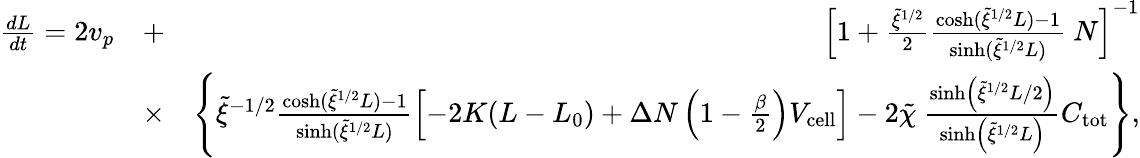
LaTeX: \begin{array}{rlr}{\frac{dL}{dt}=2v_{p}}&{+}&{\left[1+\frac{\tilde{\xi}^{1/2}}{2}\frac{\cosh(\tilde{\xi}^{1/2}L)-1}{\sinh(\tilde{\xi}^{1/2}L)}\ N\right]^{-1}}\\ &{\times}&{\left\{ \tilde{\xi}^{-1/2}\frac{\cosh(\tilde{\xi}^{1/2}L)-1}{\sinh(\tilde{\xi}^{1/2}L)}\left[-2K(L-L_{0})+\Delta N\left(1-\frac{\beta}{2}\right)V_{\mathrm{cell}}\right]-2\tilde{\chi}\ \frac{\sinh\left(\tilde{\xi}^{1/2}L/2\right)}{\sinh\left(\tilde{\xi}^{1/2}L\right)}C_{\mathrm{tot}}\right\} ,}\end{array}